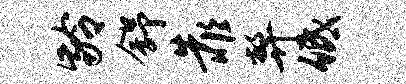
龄舒靠弊低